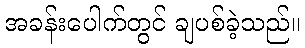
အခန်းပေါက်တွင် ချပစ်ခဲ့သည်။